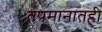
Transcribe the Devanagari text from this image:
तपमानातही